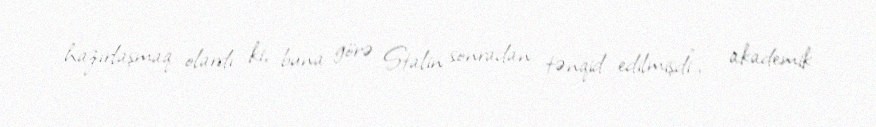
hazırlaşmaq olardı ki, buna görə Stalin sonradan tənqid edilmişdi”, – akademik